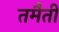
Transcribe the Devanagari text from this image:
तमैती